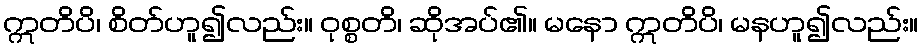
ဣတိပိ၊ စိတ်ဟူ၍လည်း။ ဝုစ္စတိ၊ ဆိုအပ်၏။ မနော ဣတိပိ၊ မနဟူ၍လည်း။